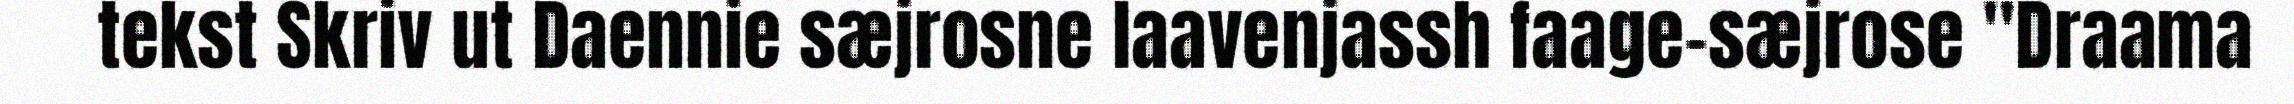
tekst Skriv ut Daennie sæjrosne laavenjassh faage-sæjrose "Draama